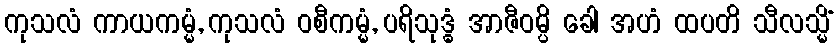
ကုသလံ ကာယကမ္မံ, ကုသလံ ဝစီကမ္မံ, ပရိသုဒ္ဓံ အာဇီဝမ္ပိ ခေါ အဟံ ထပတိ သီလသ္မိံ